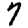
Digit: 7